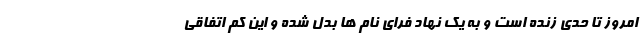
امروز تا حدی زنده است و به یک نهاد فرای نام ها بدل شده و این کم اتفاقی